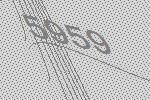
5959